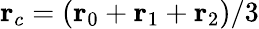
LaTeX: \mathbf{r}_{c}=(\mathbf{r}_{0}+\mathbf{r}_{1}+\mathbf{r}_{2})/3